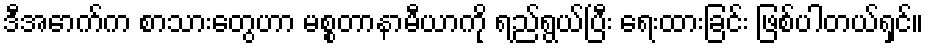
ဒီအောက်က စာသားတွေဟာ မစ္စတာနာမီယာကို ရည်ရွယ်ပြီး ရေးထားခြင်း ဖြစ်ပါတယ်ရှင်။